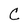
Character: C